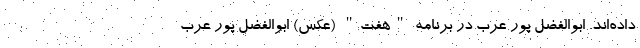
داده‌اند. ابوالفضل پور عرب در برنامه "هفت" (عکس) ابوالفضل پور عرب